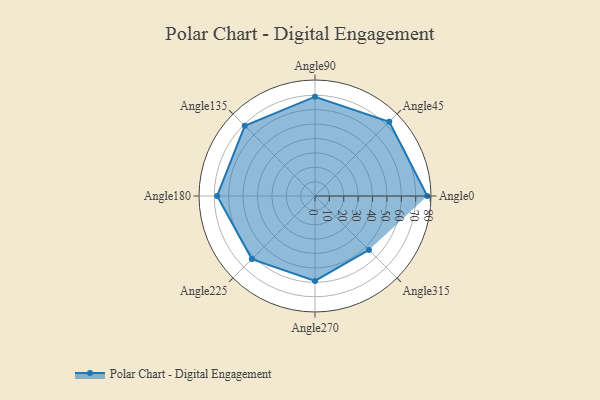
{"axis": {"x": "Angle", "y": "Radius"}, "legend": [""], "data": [{"x": "Angle0", "y": 78.0, "type": ""}, {"x": "Angle45", "y": 73.0, "type": ""}, {"x": "Angle90", "y": 69.0, "type": ""}, {"x": "Angle135", "y": 69.0, "type": ""}, {"x": "Angle180", "y": 68.0, "type": ""}, {"x": "Angle225", "y": 62.0, "type": ""}, {"x": "Angle270", "y": 59.0, "type": ""}, {"x": "Angle315", "y": 53.0, "type": ""}]}